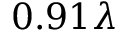
0 . 9 1 \lambda